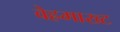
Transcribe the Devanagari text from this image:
वेह्रमाख्ट